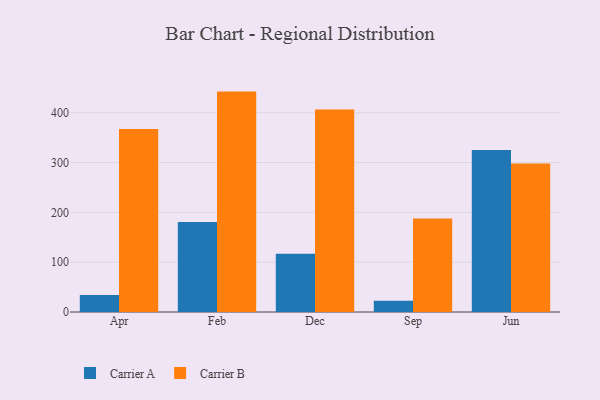
{"axis": {"x": "Month", "y": "Tickets Resolved"}, "legend": ["Carrier A", "Carrier B"], "data": [{"x": "Apr", "y": 34.1, "type": "Carrier A"}, {"x": "Apr", "y": 367.1, "type": "Carrier B"}, {"x": "Feb", "y": 180.8, "type": "Carrier A"}, {"x": "Feb", "y": 442.3, "type": "Carrier B"}, {"x": "Dec", "y": 116.7, "type": "Carrier A"}, {"x": "Dec", "y": 406.3, "type": "Carrier B"}, {"x": "Sep", "y": 22.4, "type": "Carrier A"}, {"x": "Sep", "y": 187.5, "type": "Carrier B"}, {"x": "Jun", "y": 324.9, "type": "Carrier A"}, {"x": "Jun", "y": 298.1, "type": "Carrier B"}]}